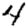
Digit: 4